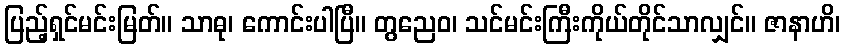
ပြည့်ရှင်မင်းမြတ်။ သာဓု၊ ကောင်းပါပြီ။ တွညေဝ၊ သင်မင်းကြီးကိုယ်တိုင်သာလျှင်။ ဇာနာဟိ၊